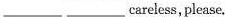
___ ___careless,please.